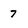
Character: 7